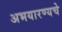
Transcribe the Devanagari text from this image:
अभयारण्यचे